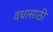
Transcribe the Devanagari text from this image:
वधासाठी